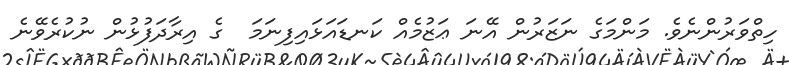
ހިތްވަރުންނެވެ. މަންމަގެ ނަޒަރުން އޭނަ ޢަޒުމެއް ކަނޑައަޅައިފިނަމަ  ގެ އިރާދަފުޅުން ނުކުރެވޭނެ